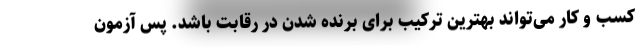
کسب و کار می‌تواند بهترین ترکیب برای برنده شدن در رقابت باشد. پس آزمون